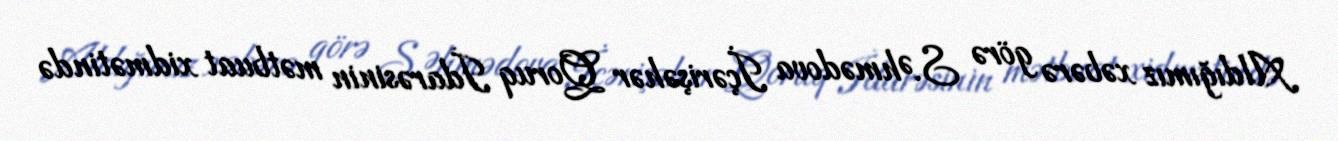
Aldığımız xəbərə görə S.Əhmədova İçərişəhər Qoruq İdarəsinin mətbuat xidmətində